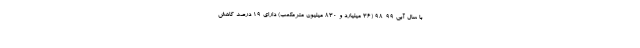
با سال آبی ۹۹-۹۸ (۳۶ میلیارد و ۸۳۰ میلیون مترمکعب) دارای ۱۹ درصد کاهش